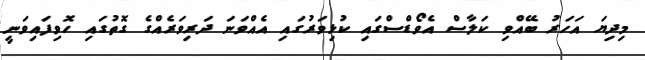
މިދިޔަ އަހަރު ބޭއްވި ކަލާސް އެވޯޑްސްގައި ކުޅިވަރުގައި އެއްވަނަ ދަރިވަރެއްގެ ގޮތުގައި ހޮވިފައިވަނީ